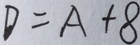
D = A + 8